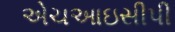
એચઆઇસીપી